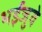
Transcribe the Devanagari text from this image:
भईजुवे